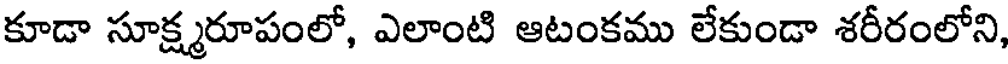
కూడా సూక్ష్మరూపంలో, ఎలాంటి ఆటంకము లేకుండా శరీరంలోని,